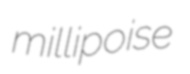
millipoise